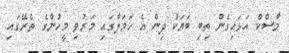
މާސްކް އަޅައިގެން ތިބި ބަޔަކު ދިން އެ ހަމަލާގައި މަރުވި މީހުންގެ ތެރޭގައި